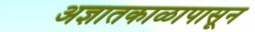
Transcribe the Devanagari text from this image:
अज्ञातकाळापासून